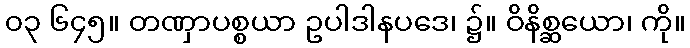
၀၃ ၆၄၅။ တဏှာပစ္စယာ ဥပါဒါနပဒေ၊ ၌။ ဝိနိစ္ဆယော၊ ကို။